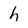
Character: h